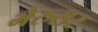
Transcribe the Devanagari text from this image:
भैंरुसर